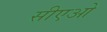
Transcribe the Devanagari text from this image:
सीएओ